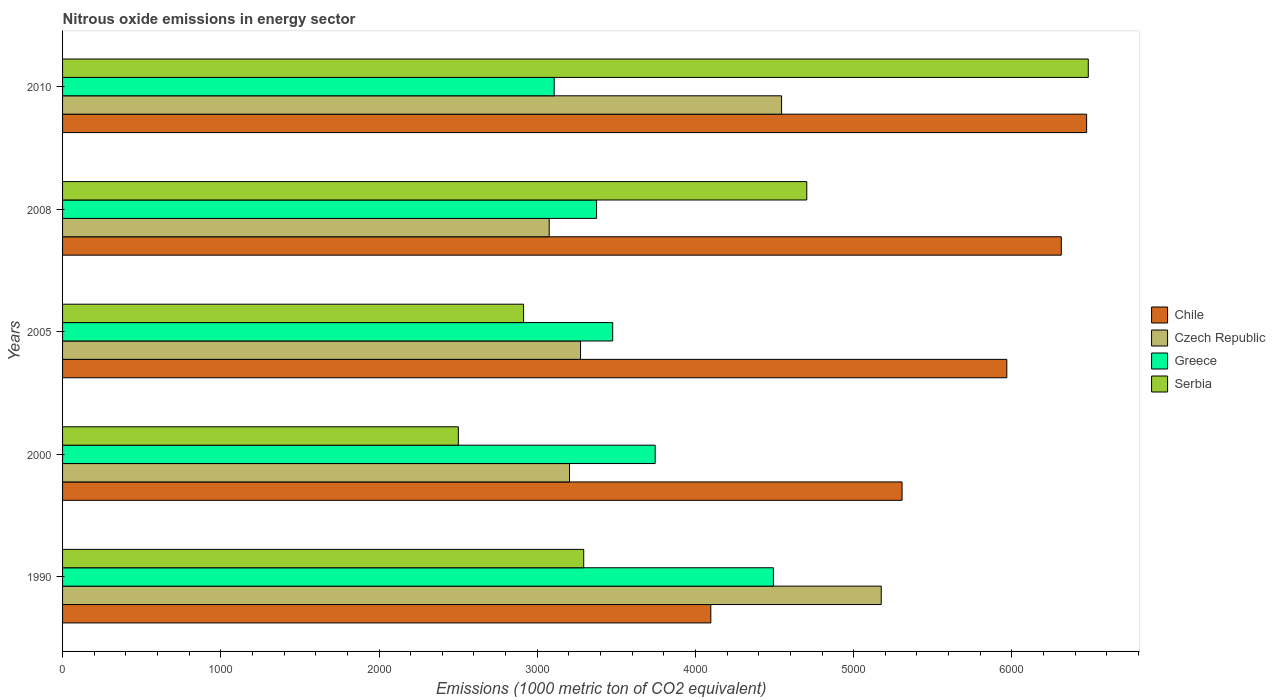
| Years | Chile | Czech Republic | Greece | Serbia |
 | --- | --- | --- | --- | --- |
 | 1990 | 4.1e+03 | 5.17e+03 | 4.49e+03 | 3.29e+03 |
 | 2000 | 5.31e+03 | 3.2e+03 | 3.75e+03 | 2.5e+03 |
 | 2005 | 5.97e+03 | 3.27e+03 | 3.48e+03 | 2.91e+03 |
 | 2008 | 6.31e+03 | 3.08e+03 | 3.38e+03 | 4.7e+03 |
 | 2010 | 6.47e+03 | 4.54e+03 | 3.11e+03 | 6.48e+03 |